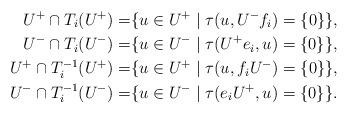
LaTeX: \begin{align*}U^+\cap T_i(U^+)=&\{u\in U^+\mid\tau(u,U^-f_i)=\{0\}\},\\U^-\cap T_i(U^-)=&\{u\in U^-\mid\tau(U^+e_i,u)=\{0\}\},\\U^+\cap T_i^{-1}(U^+)=&\{u\in U^+\mid\tau(u,f_iU^-)=\{0\}\},\\U^-\cap T_i^{-1}(U^-)=&\{u\in U^-\mid\tau(e_iU^+,u)=\{0\}\}.\end{align*}